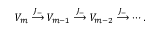
V _ { m } \stackrel { J _ { - } } { \longrightarrow } V _ { m - 1 } \stackrel { J _ { - } } { \longrightarrow } V _ { m - 2 } \stackrel { J _ { - } } { \longrightarrow } \cdots .